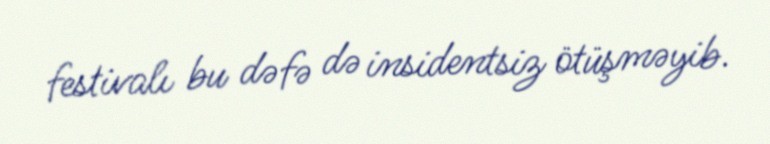
festivalı bu dəfə də insidentsiz ötüşməyib.